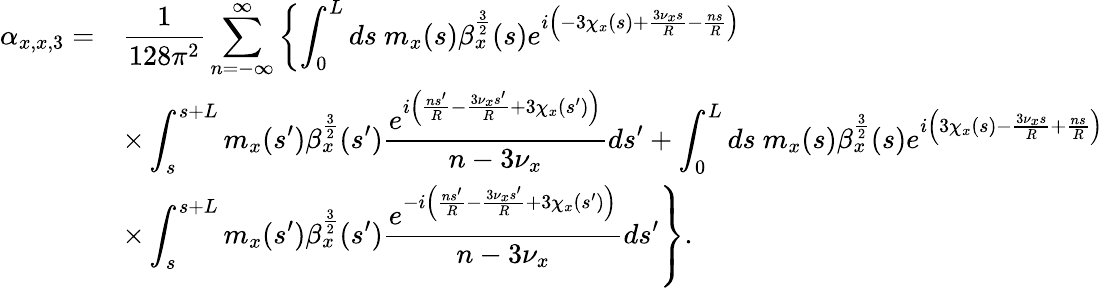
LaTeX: \begin{array}{cl}{\alpha_{x,x,3}=}&{\displaystyle\frac{1}{128\pi^{2}}\displaystyle\sum_{n=-\infty}^{\infty}\left\{ \int_{0}^{L}{ds\ m_{x}(s)\beta_{x}^{\frac{3}{2}}(s)e^{i\left(-3\chi_{x}(s)+\frac{3\nu_{x}s}{R}-\frac{ns}{R}\right)}}\right.}\\ &{\displaystyle\times\int_{s}^{s+L}{m_{x}(s^{\prime})\beta_{x}^{\frac{3}{2}}(s^{\prime})\frac{e^{i\left(\frac{ns^{\prime}}{R}-\frac{3\nu_{x}s^{\prime}}{R}+3\chi_{x}(s^{\prime})\right)}}{n-3\nu_{x}}ds^{\prime}}+\int_{0}^{L}{ds\ m_{x}(s)\beta_{x}^{\frac{3}{2}}(s)e^{i\left(3\chi_{x}(s)-\frac{3\nu_{x}s}{R}+\frac{ns}{R}\right)}}}\\ &{\displaystyle\left.\times\int_{s}^{s+L}m_{x}(s^{\prime})\beta_{x}^{\frac{3}{2}}(s^{\prime})\frac{e^{-i\left(\frac{ns^{\prime}}{R}-\frac{3\nu_{x}s^{\prime}}{R}+3\chi_{x}(s^{\prime})\right)}}{n-3\nu_{x}}ds^{\prime}\right\} .}\end{array}